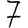
Digit: 7